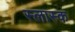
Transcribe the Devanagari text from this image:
स्लास्क